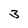
Character: 3